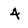
Character: 4